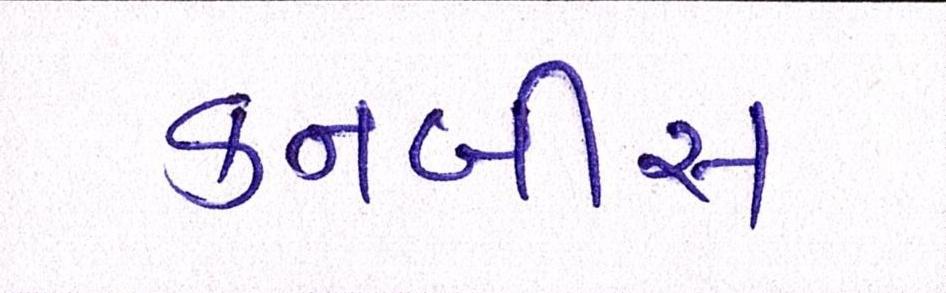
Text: કનબીસ